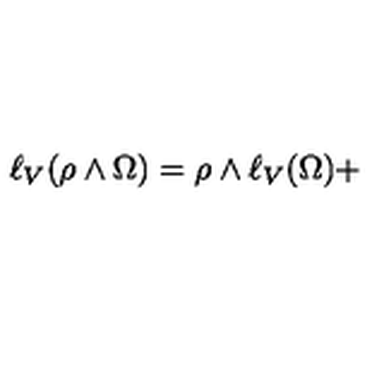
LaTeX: \ell _ { V } ( \rho \wedge \Omega ) = \rho \wedge \ell _ { V } ( \Omega ) +